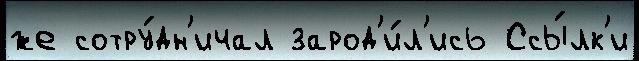
же сотру́дн'ичал зарод'и́л'ись Ссы́лк'и